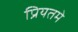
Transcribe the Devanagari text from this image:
प्रियतमे